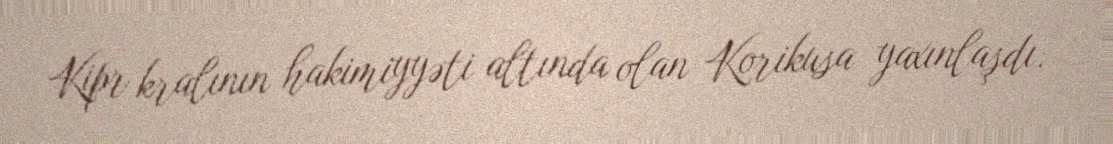
Kipr kralının hakimiyyəti altında olan Korikusa yaxınlaşdı.